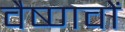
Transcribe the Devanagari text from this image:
वैष्‍णवों